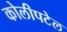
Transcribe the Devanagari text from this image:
कोलीपटेल